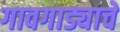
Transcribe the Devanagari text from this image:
गावगाड्याचे